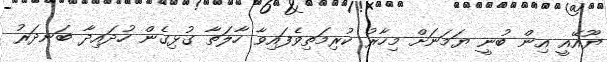
ޔޫއޭއީ އިން ބުނީ ޔަމަނަށް މިހާރު ކުރިމަތިވެފައިވާ ހާލަތާ ގުޅިގެން ހުދައިދާ ބަނދަރު